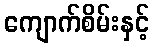
ကျောက်စိမ်းနှင့်